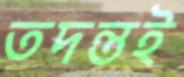
তদন্তই